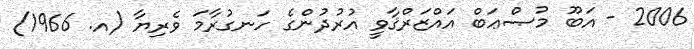
2006 - އަބޫ މުޞްޢަބް އައްޒަރްޤާވީ އުރުދުންގެ ހަނގުރާމަ ވެރިޔާ (އ. 1966)